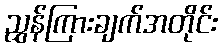
ညွှန်ကြားချက်အတိုင်း